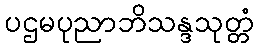
ပဌမပုညာဘိသန္ဒသုတ္တံ